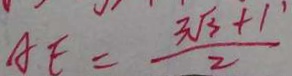
A E = \frac { 3 \sqrt { 3 } + 1 } { 2 }